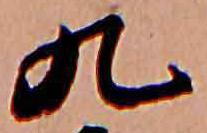
九